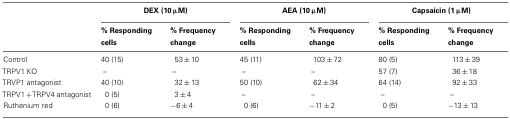
<table><thead><tr><td></td><td colspan="2"><b>DEX (10 μM)</b></td><td colspan="2"><b>AEA (10 μM)</b></td><td colspan="2"><b>Capsaicin (1 μM)</b></td></tr><tr><td></td><td><b>% Responding cells</b></td><td><b>% Frequency change</b></td><td><b>% Responding cells</b></td><td><b>% Frequency change</b></td><td><b>% Responding cells</b></td><td><b>% Frequency change</b></td></tr></thead><tbody><tr><td>Control</td><td>40 (15)</td><td>53 ± 10</td><td>45 (11)</td><td>103 ± 72</td><td>80 (5)</td><td>113 ± 39</td></tr><tr><td>TRPV1 KO</td><td>–</td><td>–</td><td>–</td><td>–</td><td>57 (7)</td><td>36 ± 18</td></tr><tr><td>TRVP1 antagonist</td><td>40 (10)</td><td>32 ± 13</td><td>50 (10)</td><td>62 ± 34</td><td>64 (14)</td><td>92 ± 33</td></tr><tr><td>TRPV1 + TRPV4 antagonist</td><td>0 (5)</td><td>3 ± 4</td><td>–</td><td>–</td><td>–</td><td>–</td></tr><tr><td>Ruthenium red</td><td>0 (6)</td><td>−6 ± 4</td><td>0 (6)</td><td>−11 ± 2</td><td>0 (5)</td><td>−13 ± 13</td></tr></tbody></table>